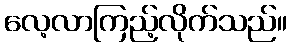
လေ့လာကြည့်လိုက်သည်။